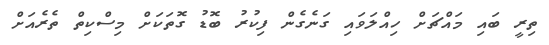
ތިރީ ބައި މައްޗަށް ހިއްލަވައި ގަނެގެން ފިކުރު ބޮޑު ގޮތަކަށް މިސްކިތް ތެރެއަށް